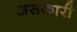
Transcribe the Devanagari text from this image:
असकारी